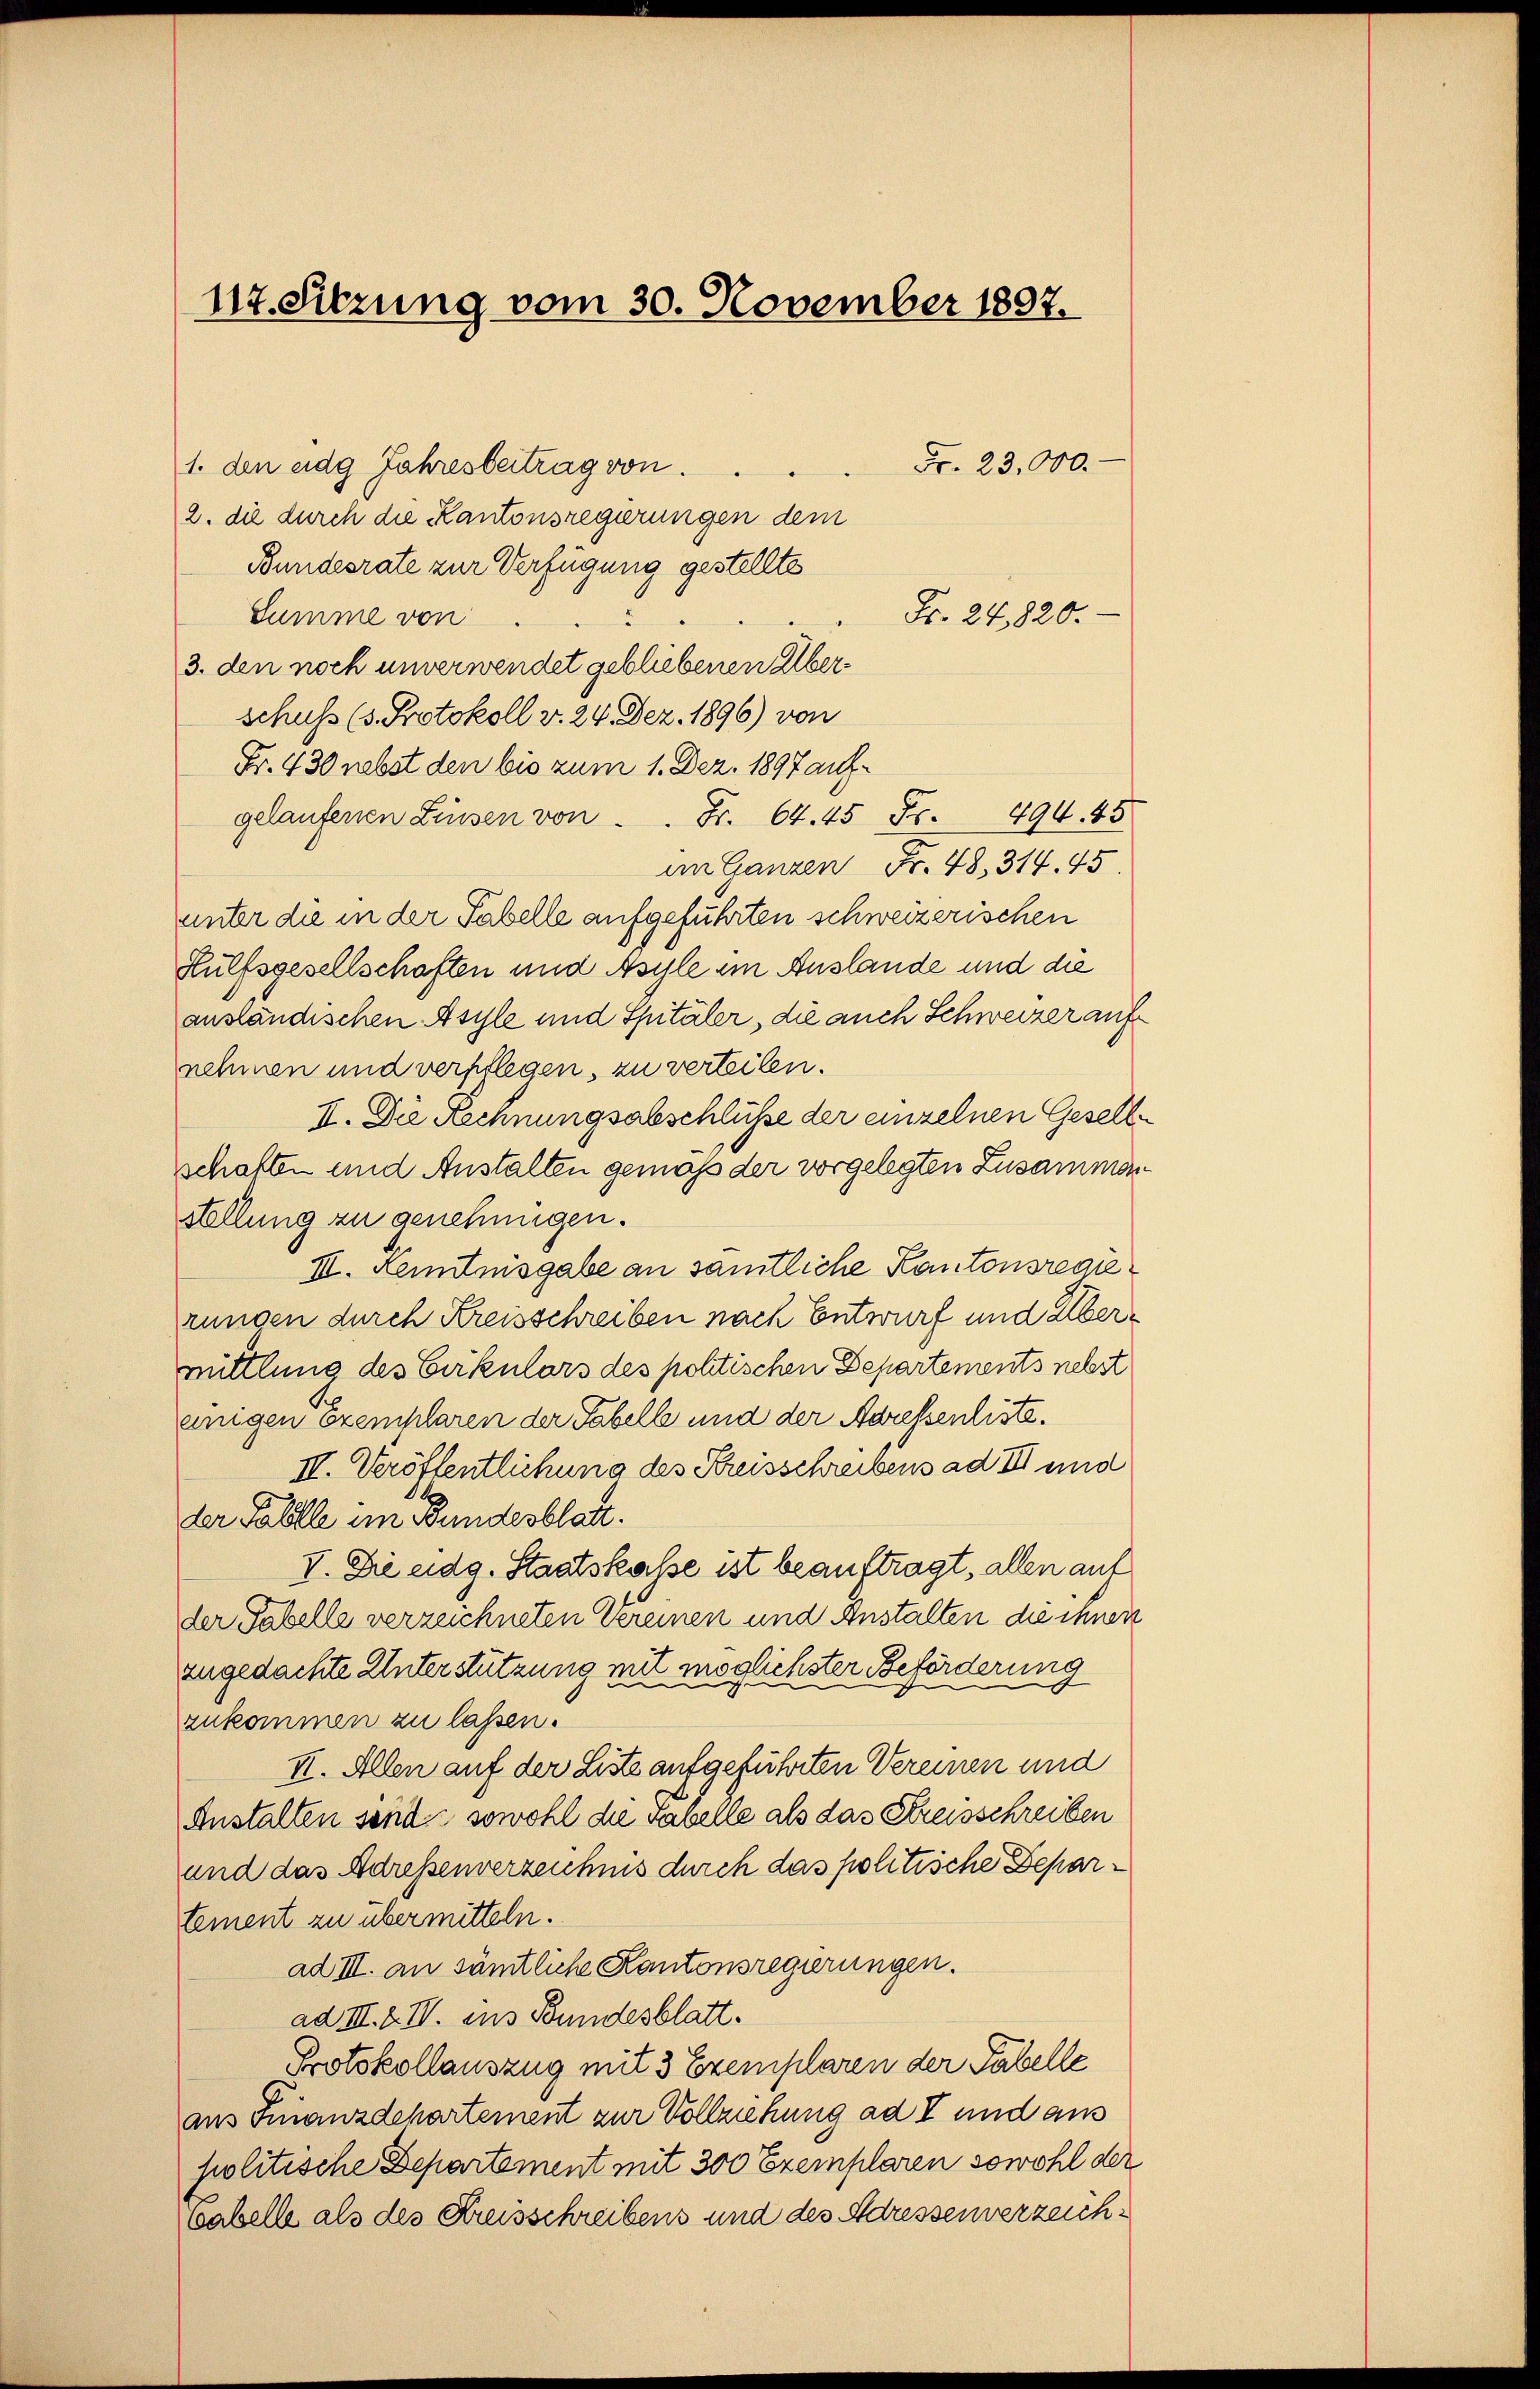
1. den eidg Jahresbeitrag von
2. die durch die Kantonsregierungen dem
Bundesrate zur Verfügung gestellte
Summe von
3. den noch unverwendet gebliebenen Überschuss (s. Protokoll v. 24. Dez. 1896) von
Fr. 430 nebst den bis zum 1. Dez. 1897 auf.
gelaufenen Linsen von . . Fr. 64. 45 Fr. 494. 45
an Ganzen Fr. 48. 314. 45.
unter die in der Tabelle aufgeführten schweizerischen
Hülfsgesellschaften und Asyle im Auslande und die
ausländischen Asyle und Spitäler, die auch Schweizer aufnehmen und verpflegen, zu verteilen.
II. Die Rechnungsabschlüsse der einzelnen Gesell
schaften und Anstalten gemäß der vorgelegten Zusammenstellung zu genehmigen.
III. Kenntnisgabe an sämtliche Kantonsregierungen durch Kreisschreiben nach Entwurf und Übermittlung des Cirkulars des phtischen Departements nebst
enigen exemplaren der Tabell und der Adressenliste.
IV. Veröffentlichung des Kreisschreibens ad III und
der Falle im Bundesblatt.
V. Die eidg. Staatskasse ist beauftragt, allen auf
der Tabelle verzeichneten Vereinen und Anstalten die ihnen
zugedachte Unterstützung mit möglichster Beförderung
zukommen zu lassen.
II. Allen auf der Liste aufgeführten Vereinen und
Anstalten sind, sowohl die Tabelle als das Streisschreiben
und das Adressenverzeichnis durch das politische Departement zu übermitteln.
ad III. an sämtliche Kantonsregierungen.
ad III. f. IV. aus Bundesblatt.
Protokollauszug mit 3 Exemplaren der Tabelle
aus Finanzdepartement zur Vollziehung ad I und aus
politische Departement mit 300 Exemplaren sowohl der
vabell als des Kreisschreibens und des Adressenverzeich¬

117. Sitzung vom 30. November 1897.

Fr. 24,820.

Fr. 23,000.